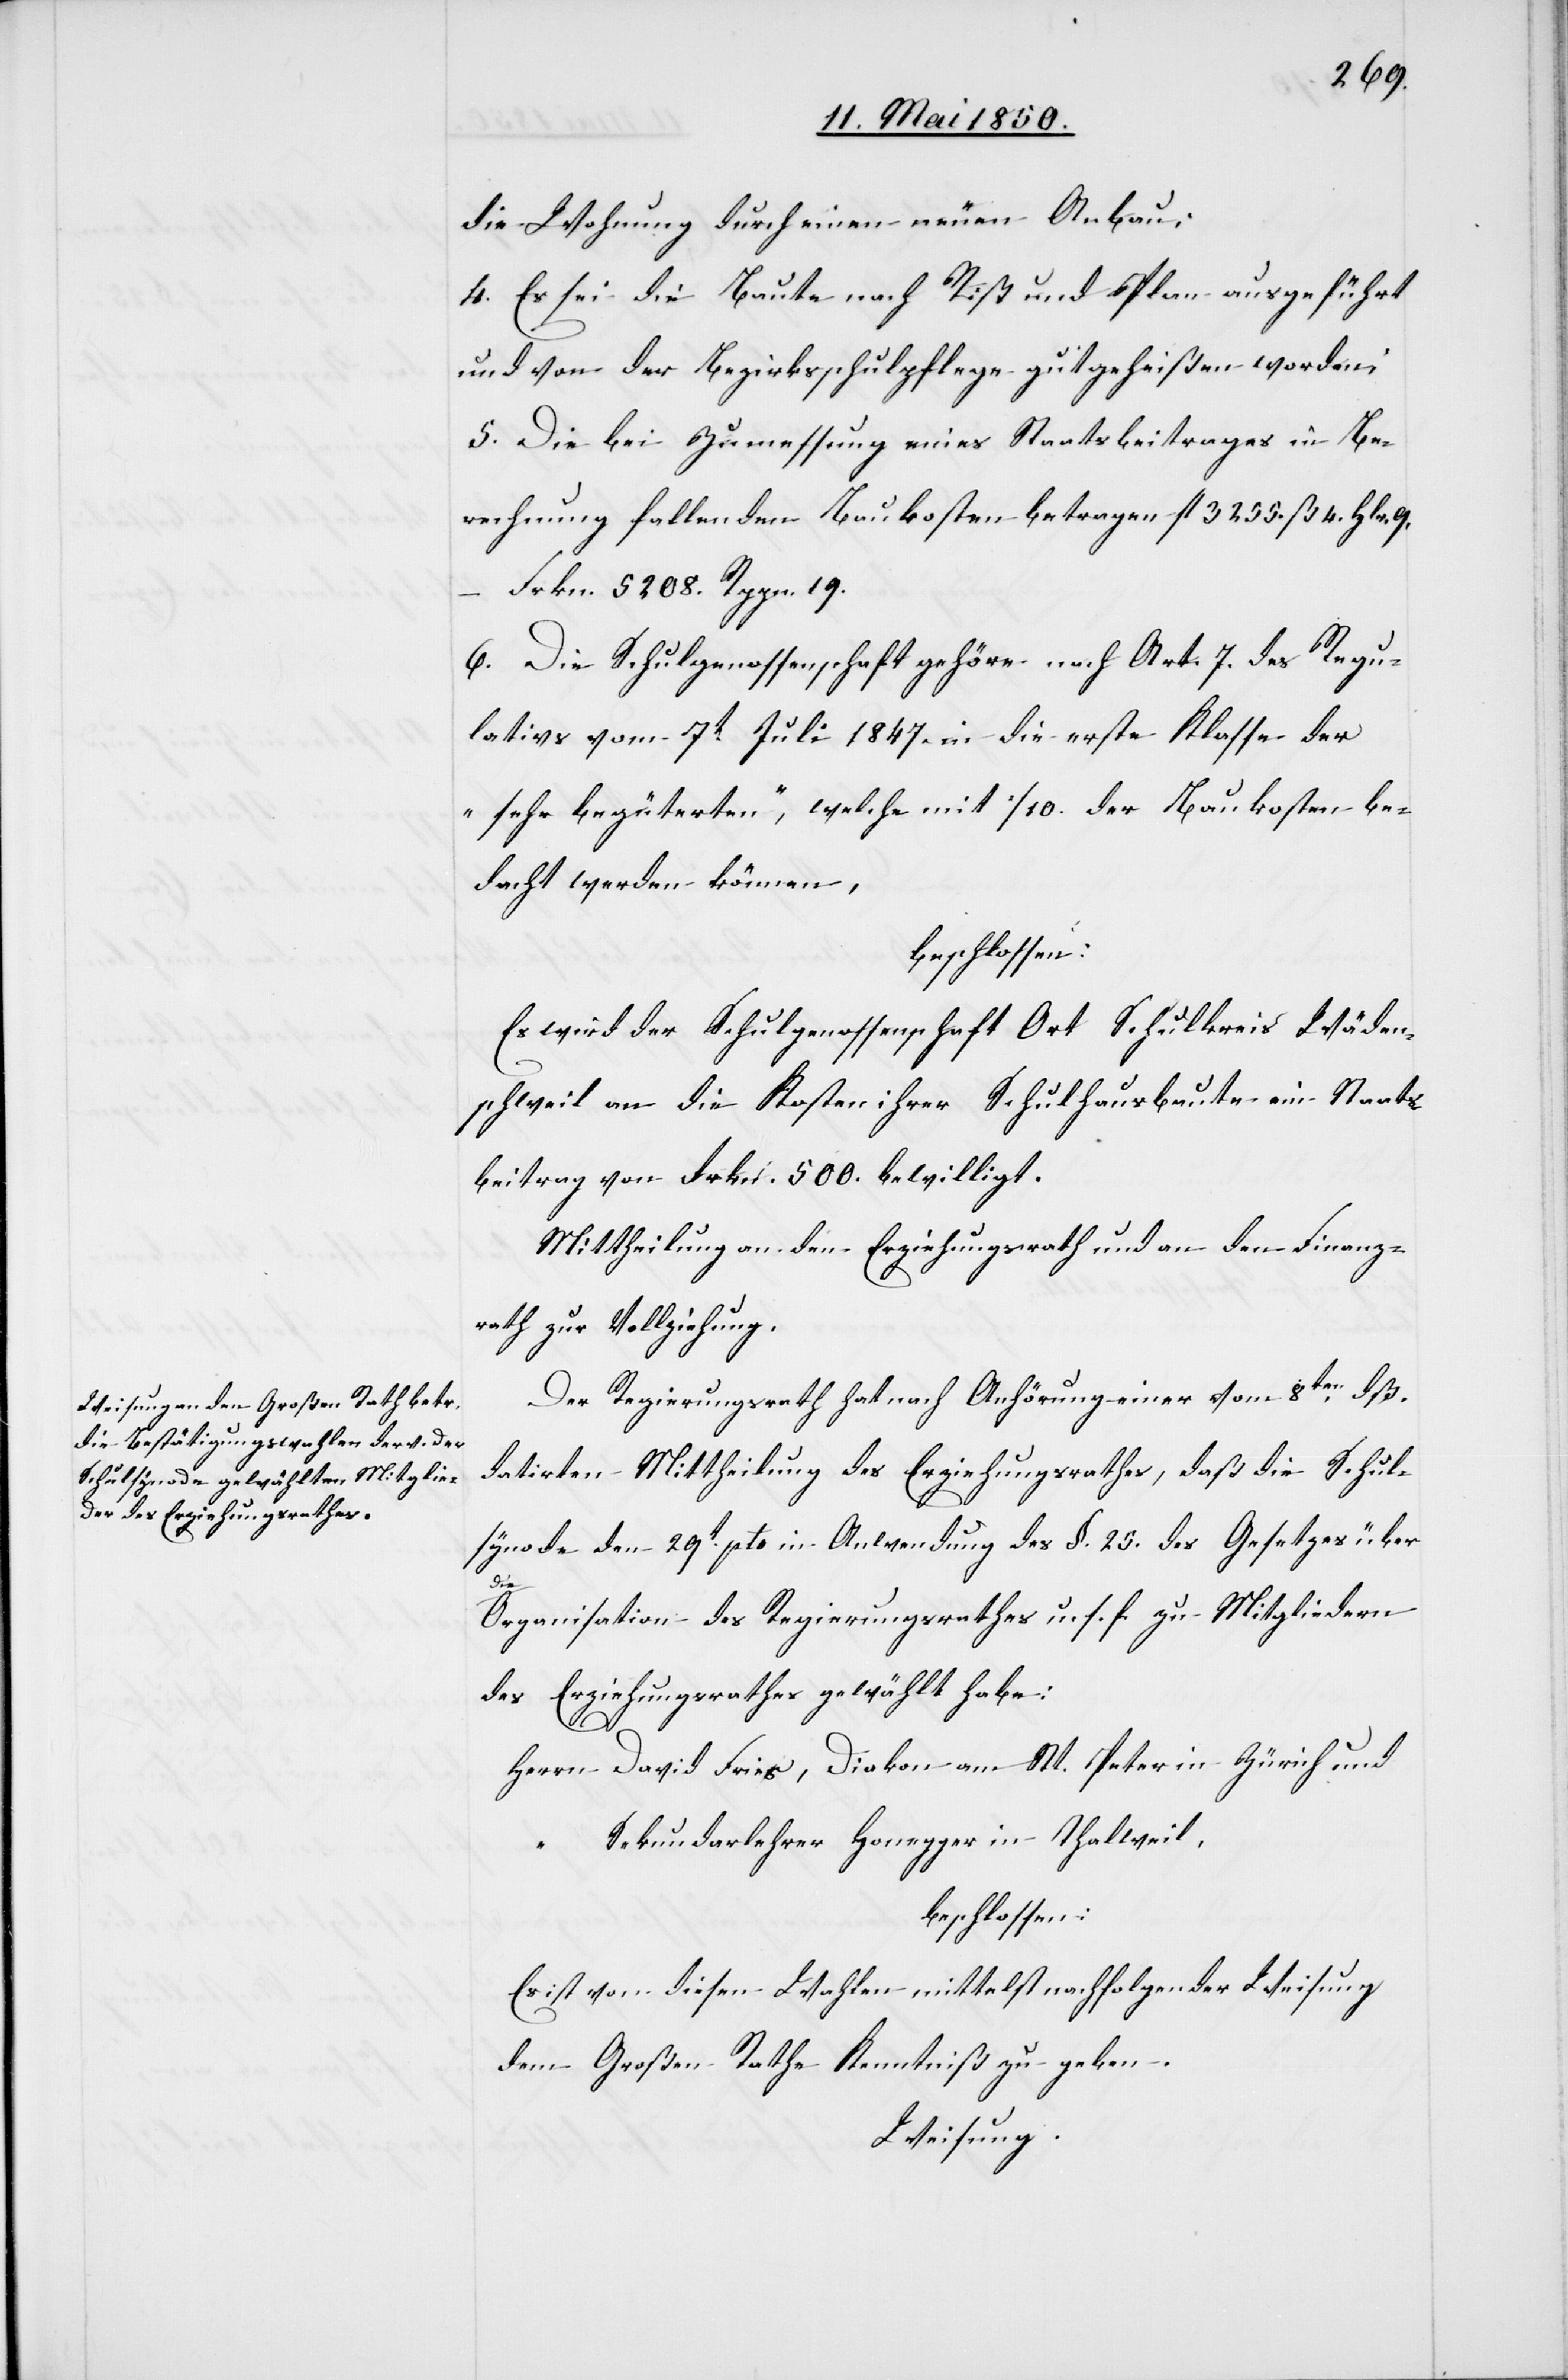
die Wohnung durch einen neuen Anbau;
4. Es sei die Baute nach Riß und Plan ausgeführt
und von der Bezirksschulpflege gutgeheißen worden;
5. Die bei Zumessung eines Staatsbeitrages in Be¬
rechnung fallenden Baukosten betragen fl 3255. ß 4 Hlr.
Frkn. 5208. Rppn. 19.
–
6. Die Schulgenossenschaft gehöre nach Art. 7. des Regu¬
lativs vom 7t Juli 1847. in die erste Klasse der
„sehr begüterten“, welche mit 1/10. der Baukosten be¬
dacht werden können,
beschlossen:
Es wird der Schulgenossenschaft Ort Schulkreis Wäden¬
schweil an die Kosten ihrer Schulhausbaute ein Staats¬
beitrag von Frkn. 500. bewilligt.
Der Regierungsrath hat nach Anhörung einer vom 8ten dß.
datirten Mittheilung des Erziehungsrathes, daß die Schul¬
synode den 29t pto in Anwendung des §. 25. des Gesetzes über
die
Organisation des Regierungsrathes u. s. f. zu Mitgliedern
des Erziehungsrathes gewählt habe:
Herrn David Fries, Diakon am St. Peter in Zürich und
Sekundarlehrer Honegger in Thalweil,
beschlossen:
Es ist von diesen Wahlen mittels nachfolgender Weisung
dem Großen Rathe Kenntniß zu geben.
Weisung.